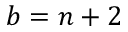
b = n + 2